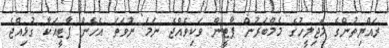
ރައްޔިތުންގެ މަޖިލީހުގެ މެމްބަރުން ޕާޓީން ވަކިވެއްޖެ ނަމަ ނުވަތަ އެހެން ޕާޓީއަކާ ގުޅިއްޖެ